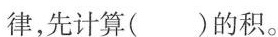
律，先计算()的积。